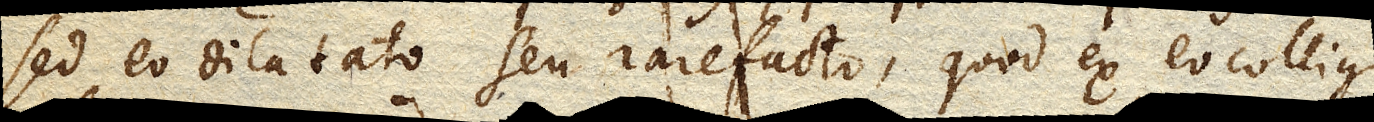
sed eo dilatato seu rarefacto, quod ex eo colligi